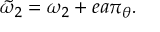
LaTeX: \tilde { \omega } _ { 2 } = \omega _ { 2 } + e a \pi _ { \theta } .